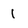
Character: 1